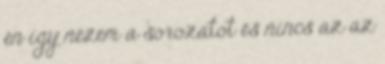
én így nézem a sorozatot és nincs az az